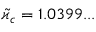
\tilde { \varkappa } _ { c } = 1 . 0 3 9 9 . . .